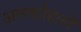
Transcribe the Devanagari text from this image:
अलकोहलों